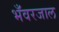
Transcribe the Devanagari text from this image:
भँवरजाल